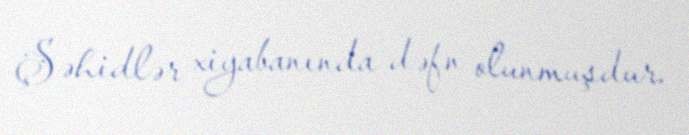
Şəhidlər xiyabanında dəfn olunmuşdur.